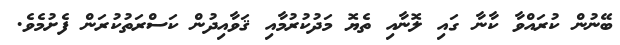
ބޭނުން ކުރައްވާ ކާނާ ގައި ލޮނާއި ތެޔޮ މަދުކުރުމާއި ޤަވާއިދުން ކަސްރަތުކުރަން ފެށުމެވެ.